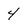
Character: 4